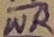
Text: WR